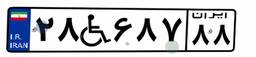
۲۸W۶۸۷۸۸